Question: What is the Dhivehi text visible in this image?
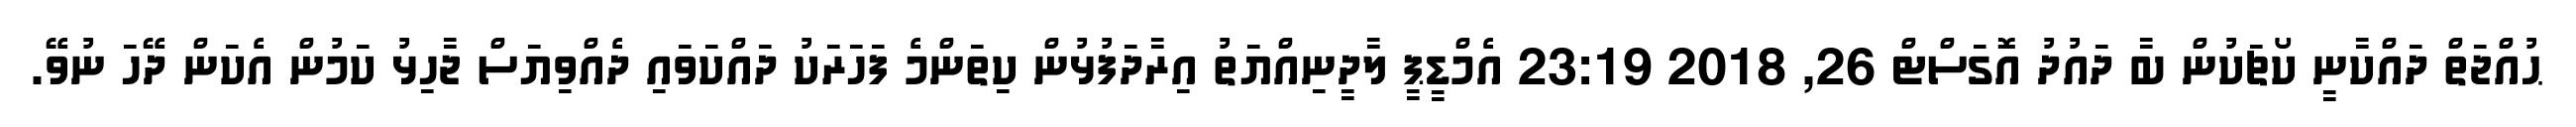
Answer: ޙުއްޖަތް ދައްކާނީ ކޯޗަކުން ބާ ދައުދު އޮގަސްޓް 26, 2018 23:19 އެމްޑީޕީ ލާދީނިއްޔަތު އިރާދަފުޅުން ކިތަންމެ ފަހަރަކު ދައްކަވައި ދެއްވިޔަސް ޖާހިޅު ކަމުން އެކަން ދޭހަ ނުވޭ.